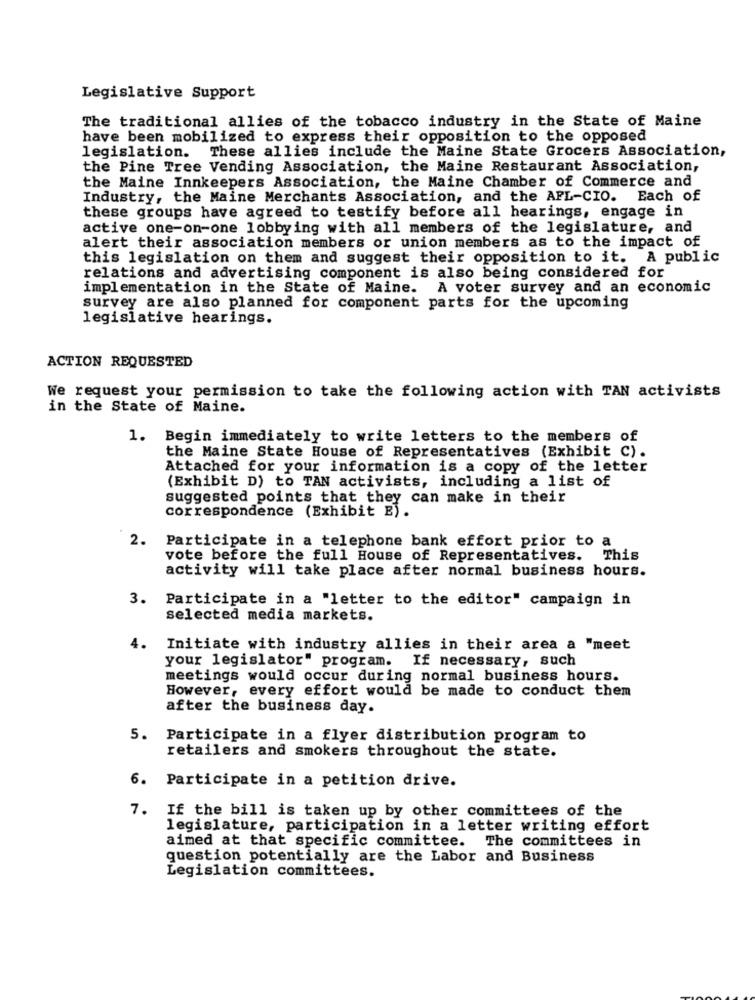
Legislative Support
The traditional allies of the tobacco industry in the State of Maine
have been mobilized to express their opposition to the opposed
legislation. These allies include the Maine State Grocers Association,
the Pine Tree Vending Association, the Maine Restaurant Association,
the Maine Innkeepers Association, the Maine Chamber of Commerce and
Industry, the Maine Merchants Association, and the AFL-CIO. Each of
these groups have agreed to testify before all hearings, engage in
active one-on-one lobbying with all members of the legislature, and
alert their association members or union members as to the impact of
this legislation on them and suggest their opposition to it. A public
relations and advertising component is also being considered for
implementation in the State of Maine. A voter survey and an economic
survey are also planned for component parts for the upcoming
legislative hearings.
ACTION REQUESTED
We request your permission to take the following action with TAN activists
in the State of Maine.
1. Begin immediately to write letters to the members of
the Maine State House of Representatives (Exhibit C).
Attached for your information is a copy of the letter
(Exhibit D) to TAN activists, including a list of
suggested points that they can make in their
correspondence (Exhibit E) .
2. Participate in a telephone bank effort prior to a
vote before the full House of Representatives. This
activity will take place after normal business hours.
3. Participate in a "letter to the editor" campaign in
selected media markets.
4.
Initiate with industry allies in their area a "meet
If necessary, such
your legislator" program.
meetings would occur during normal business hours.
However, every effort would be made to conduct them
after the business day.
5.
Participate in a flyer distribution program to
retailers and smokers throughout the state.
6. Participate in a petition drive.
7. If the bill is taken up by other committees of the
legislature, participation in a letter writing effort
aimed at that specific committee. The committees in
question potentially are the Labor and Business
Legislation committees.